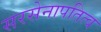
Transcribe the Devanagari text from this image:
सरसेनापतित्व